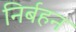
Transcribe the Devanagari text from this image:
निर्बहन